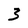
Character: 3